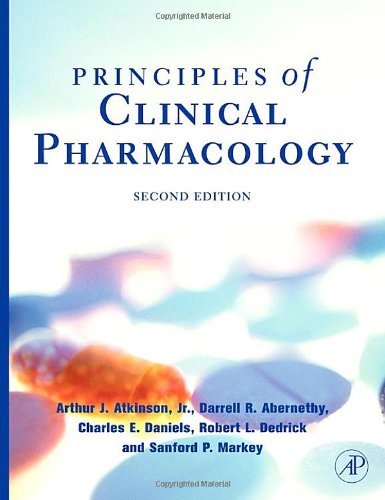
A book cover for By Arthur J. Atkinson - Principles of Clinical Pharmacology: 2nd (second) Edition; Author; Medical Books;